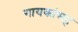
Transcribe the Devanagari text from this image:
गायकांसह